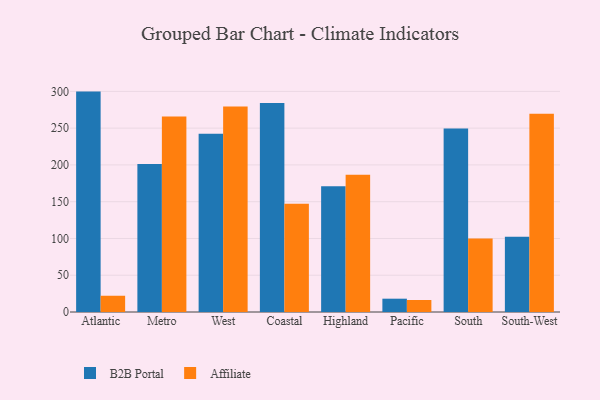
{"axis": {"x": "Region", "y": "Website Visitors"}, "legend": ["Affiliate", "B2B Portal"], "data": [{"x": "Atlantic", "y": 299.7, "type": "B2B Portal"}, {"x": "Atlantic", "y": 22.1, "type": "Affiliate"}, {"x": "Metro", "y": 201.2, "type": "B2B Portal"}, {"x": "Metro", "y": 265.7, "type": "Affiliate"}, {"x": "West", "y": 242.5, "type": "B2B Portal"}, {"x": "West", "y": 279.4, "type": "Affiliate"}, {"x": "Coastal", "y": 284.3, "type": "B2B Portal"}, {"x": "Coastal", "y": 147.1, "type": "Affiliate"}, {"x": "Highland", "y": 170.9, "type": "B2B Portal"}, {"x": "Highland", "y": 186.7, "type": "Affiliate"}, {"x": "Pacific", "y": 18.1, "type": "B2B Portal"}, {"x": "Pacific", "y": 16.3, "type": "Affiliate"}, {"x": "South", "y": 249.5, "type": "B2B Portal"}, {"x": "South", "y": 99.8, "type": "Affiliate"}, {"x": "South-West", "y": 102.3, "type": "B2B Portal"}, {"x": "South-West", "y": 269.6, "type": "Affiliate"}]}